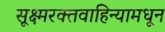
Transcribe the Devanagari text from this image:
सूक्ष्मरक्तवाहिन्यामधून